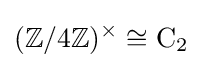
(\mathbb {Z} /4\mathbb {Z} )^{\times }\cong \mathrm {C} _{2}